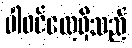
ပါဝင်လေ့ရှိသည်